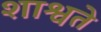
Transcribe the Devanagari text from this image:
शाश्वते